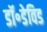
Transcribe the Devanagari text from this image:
डॉ॰डेविड